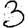
Digit: 3